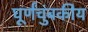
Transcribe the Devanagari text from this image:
घूर्णंचुंबकीय